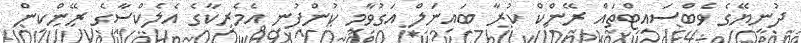
ދުނިޔޭގެ ވެބްސައިޓްތައް ރޭންކް ކުރާ ބައިނަލް އަގުވާމީ ކުންފުނި އެމެރިކާގެ އެލެކްސާގެ ރޭންކިން